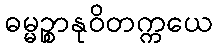
ဓမ္မဉ္စာနုဝိတက္ကယေ